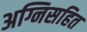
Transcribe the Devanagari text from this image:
अग्निसहित